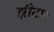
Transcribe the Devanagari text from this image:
झीटा२